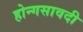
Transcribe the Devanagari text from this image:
होन्गसावदी